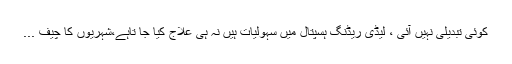
کوئی تبدیلی نہیں آئی ، لیڈی ریڈنگ ہسپتال میں سہولیات ہیں نہ ہی علاج کیا جا تاہے،شہریوں کا چیف ...